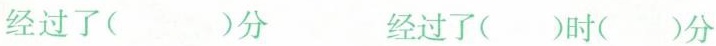
经过了( ）分 经过了()时()分